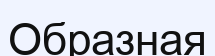
Образная